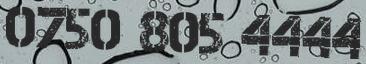
0750 805 4444